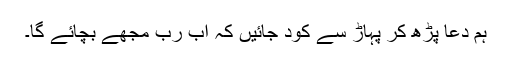
ہم دعا پڑھ کر پہاڑ سے کود جائیں کہ اب رب مجھے بچائے گا۔